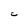
Character: C